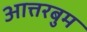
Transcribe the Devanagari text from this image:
आत्तरबुम